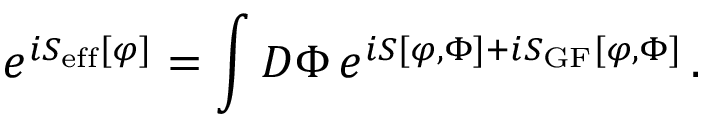
e ^ { i S _ { \mathrm { e f f } } [ \varphi ] } = \int D \Phi \, e ^ { i S [ \varphi , \Phi ] + i S _ { \mathrm { G F } } [ \varphi , \Phi ] } \, .